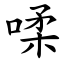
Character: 㖻